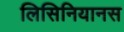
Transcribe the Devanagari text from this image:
लिसिनियानस